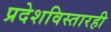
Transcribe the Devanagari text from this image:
प्रदेशविस्तारही